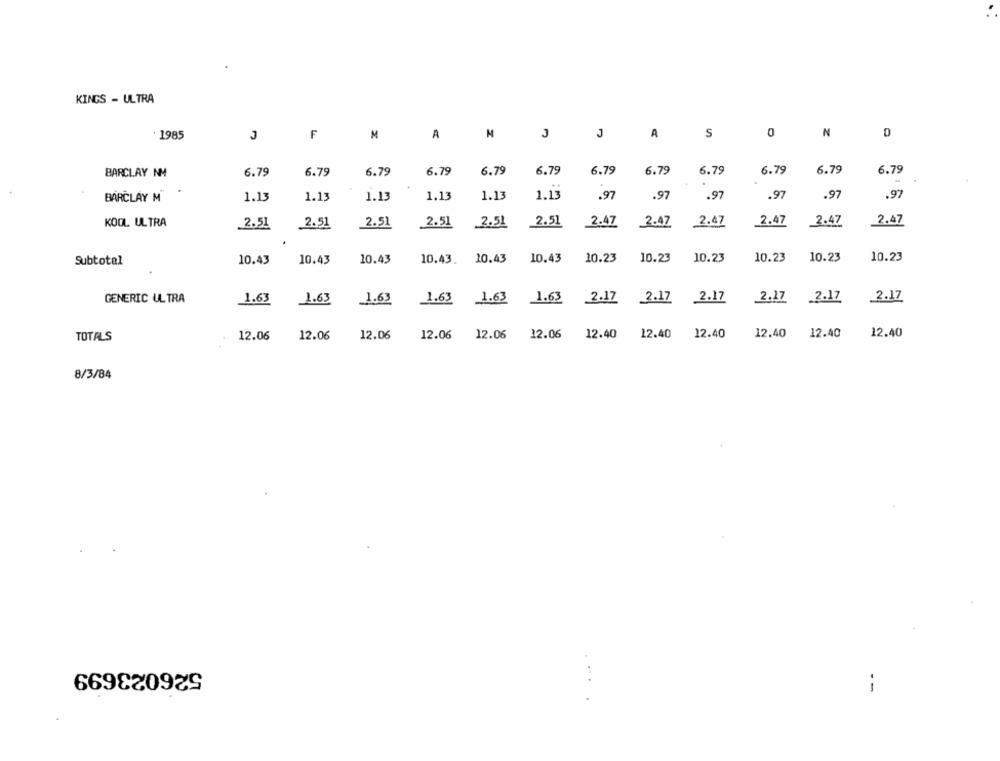
KINGS - ULTRA
1985
F
M
A
I
J
J
A
S
0
N
D
BARCLAY NM
6.79
6.79
6.79
6.79
6.79
6.79
6.79
6.79
6.79
6.79
6.79
6.79
BARCLAY M
1.13
1.13
1.13
1.13
1.13
1.13
.97
.97
.97
.97
.97
.97
2.47
2.47
KOOL ULTRA
2.51
2.51
2.51
2.51
2.51
2.51
2.47
2.47
2.47
2.47
10.43
10.43
10.23
10.23
10.23
10.23
10.23
10.23
Subtotal
10.43
10.43
10.43
10.43.
GENERIC ULTRA
1.63
1.63
1.63
1.63
1.63
1.63
2.17
2.17
2.17
2.17
.2.17
2.17
12.06
12.06
12.06
12.06 12.06
12.06
12.40
12.40
12.40
12.40
12.40
12.40
TOTALS
8/3/84
526023699
-